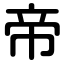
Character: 帝